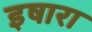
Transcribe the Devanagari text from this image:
इषारा